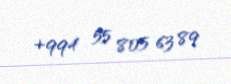
+994 55 805 63 89